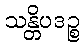
သန္တိပဒဉ္စ